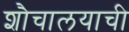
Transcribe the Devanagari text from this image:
शौचालयाची